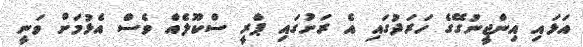
އަޅައި އިންޖީނުގޭގެ ހަރަދުގައި އެ ރަށުގައި ޕްރީ ސްކޫލެއް ވެސް އެޅުމަށް ވަނީ